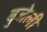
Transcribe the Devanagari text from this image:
बुज़ेली